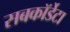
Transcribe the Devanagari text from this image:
सबकॉर्डेटा